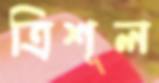
ত্রিশূল